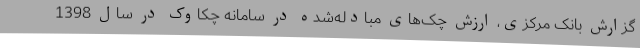
گزارش بانک مرکزی، ارزش چک‌های مبادله‌شده در سامانه چکاوک در سال 1398